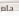
حام